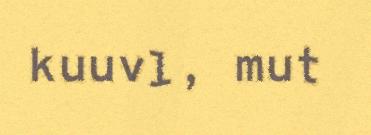
kuuvl, mut